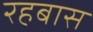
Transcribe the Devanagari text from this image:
रहबास